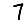
Digit: 7